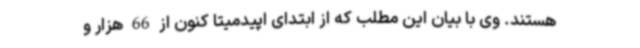
هستند. وی با بیان این مطلب که از ابتدای اپیدمیتا کنون از 66 هزار و